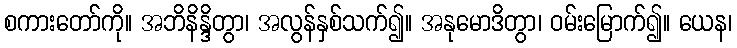
စကားတော်ကို။ အဘိနိန္ဒိတွာ၊ အလွန်နှစ်သက်၍။ အနုမောဒိတွာ၊ ဝမ်းမြောက်၍။ ယေန၊